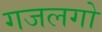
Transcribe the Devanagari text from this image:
गजलगो